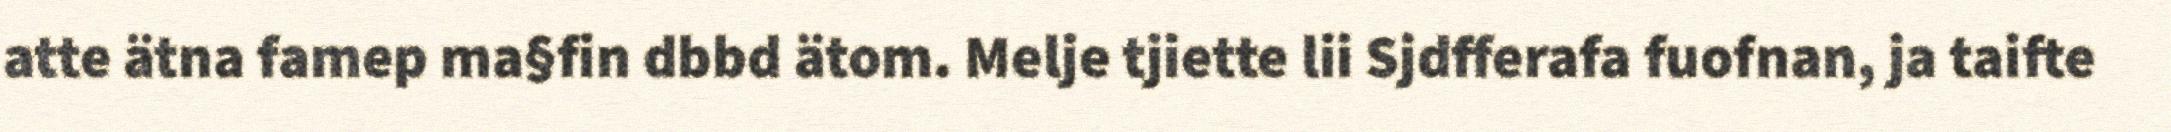
atte ätna famep ma§fin dbbd ätom. Melje tjiette lii Sjdfferafa fuofnan, ja taifte